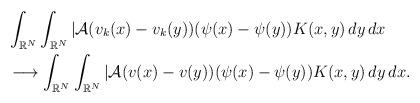
LaTeX: \begin{align*}&\int_{\mathbb{R}^{N}}\int_{\mathbb{R}^{N}} |\mathcal{A}(v_k(x)-v_{k}(y))(\psi(x)-\psi(y))K(x,y)\,dy\,dx \\ & \longrightarrow \int_{\mathbb{R}^{N}}\int_{\mathbb{R}^{N}} |\mathcal{A}(v(x)-v(y))(\psi(x)-\psi(y))K(x,y)\,dy\,dx.\end{align*}